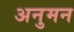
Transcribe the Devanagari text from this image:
अनुमन